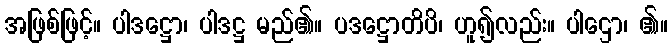
အဖြစ်ဖြင့်။ ပါဒဋ္ဌော၊ ပါဒဋ္ဌ မည်၏။ ပဒဋ္ဌောတိပိ၊ ဟူ၍လည်း။ ပါဌော၊ ၏။